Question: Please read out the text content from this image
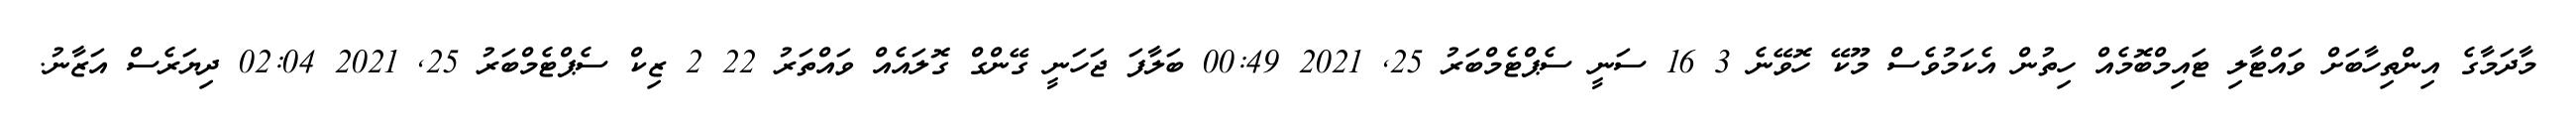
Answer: މާދަމާގެ އިންތިހާބަށް ވައްޓާލި ޓައިމްބޮމެއް ހިތުން އެކަމުވެސް މޫކޭ ހޮވޭނެ 3 16 ސަނީ ސެޕްޓެމްބަރު 25, 2021 00:49 ބަލާފަ ޖަހަނީ ގޭންގް ގޮލައެއް ވައްތަރު 22 2 ޒިކް ސެޕްޓެމްބަރު 25, 2021 02:04 ދިޔަރެސް އަޒާނު.